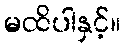
မထိပါနှင့်။